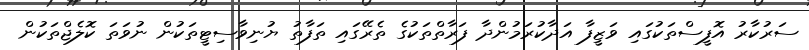
ސަރުކާރު އޮފީސްތަކުގައި ވަޒީފާ އަދާކުރަމުންދާ ފަރާތްތަކުގެ ތެރޭގައި ތަފާތު ޔުނިވާސިޓީތަކުން ނުވަތަ ކޮލެޖްތަކުން